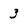
Character: 3